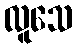
လူသေ